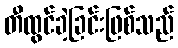
တီထွင်ခဲ့ခြင်းဖြစ်သည်